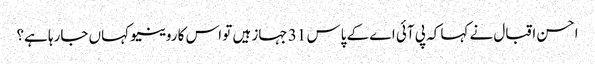
احسن اقبال نے کہا کہ پی آئی اے کے پاس 31 جہاز ہیں تو اس کا روینیو کہاں جارہا ہے؟